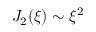
J _ { 2 } ( \xi ) \sim \xi ^ { 2 }